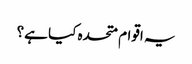
یہ اقوام متحدہ کیا ہے؟